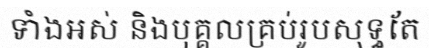
ទាំងអស់ និងបុគ្គលគ្រប់រូបសុទ្ធតែ